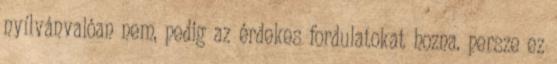
nyílvánvalóan nem, pedig az érdekes fordulatokat hozna. persze ez